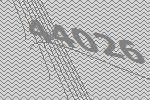
44026